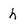
Character: h